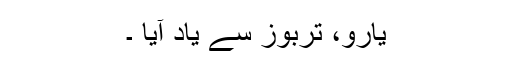
یارو، تربوز سے یاد آیا ۔